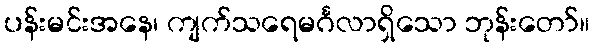
ပန်းမင်းအနေ၊ ကျက်သရေမင်္ဂလာရှိသော ဘုန်းတော်။